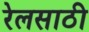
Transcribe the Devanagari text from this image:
रेलसाठी